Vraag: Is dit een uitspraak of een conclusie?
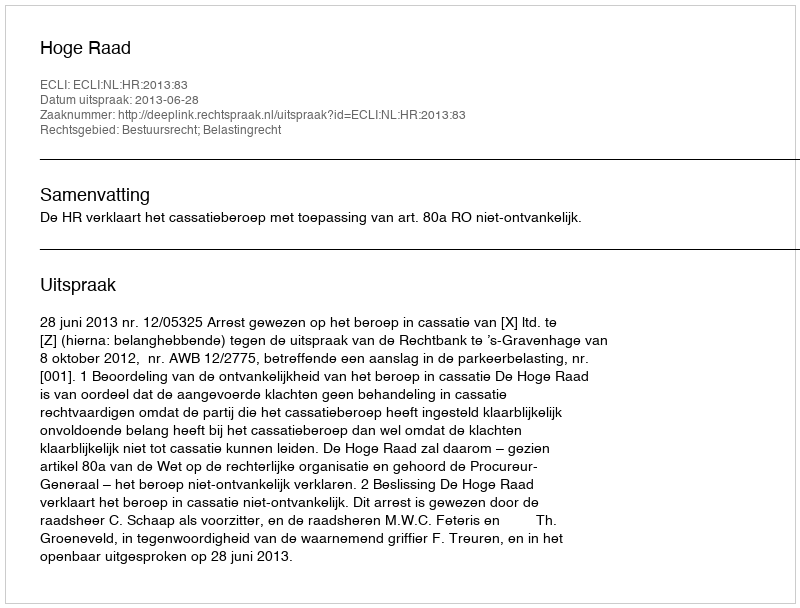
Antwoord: Uitspraak